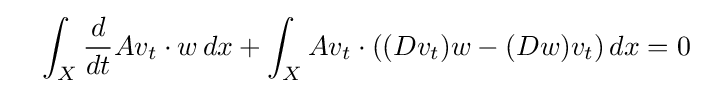
\ \ \ \int _{X}{\frac {d}{dt}}Av_{t}\cdot w\,dx+\int _{X}Av_{t}\cdot ((Dv_{t})w-(Dw)v_{t})\,dx=0